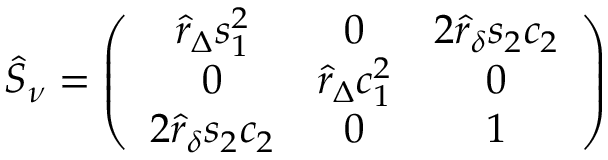
\hat { S } _ { \nu } = \left( \begin{array} { c c c } { { \hat { r } _ { \Delta } s _ { 1 } ^ { 2 } } } & { { 0 } } & { { 2 \hat { r } _ { \delta } s _ { 2 } c _ { 2 } } } \\ { { 0 } } & { { \hat { r } _ { \Delta } c _ { 1 } ^ { 2 } } } & { { 0 } } \\ { { 2 \hat { r } _ { \delta } s _ { 2 } c _ { 2 } } } & { { 0 } } & { { 1 } } \end{array} \right)